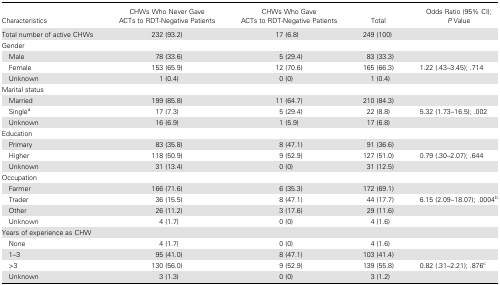
<table><thead><tr><td><b>Characteristics</b></td><td><b>CHWs Who Never Gave ACTs to RDT-Negative Patients</b></td><td><b>CHWs Who Gave ACTs to RDT-Negative Patients</b></td><td><b>Total</b></td><td><b>Odds Ratio (95% CI); <i>P</i> Value</b></td></tr></thead><tbody><tr><td>Total number of active CHWs</td><td>232 (93.2)</td><td>17 (6.8)</td><td>249 (100)</td><td></td></tr><tr><td>Gender</td><td></td><td></td><td></td><td></td></tr><tr><td> Male</td><td>78 (33.6)</td><td>5 (29.4)</td><td>83 (33.3)</td><td></td></tr><tr><td> Female</td><td>153 (65.9)</td><td>12 (70.6)</td><td>165 (66.3)</td><td>1.22 (.43–3.45); .714</td></tr><tr><td> Unknown</td><td>1 (0.4)</td><td>0 (0)</td><td>1 (0.4)</td><td></td></tr><tr><td>Marital status</td><td></td><td></td><td></td><td></td></tr><tr><td> Married</td><td>199 (85.8)</td><td>11 (64.7)</td><td>210 (84.3)</td><td></td></tr><tr><td> Single<sup>a</sup></td><td>17 (7.3)</td><td>5 (29.4)</td><td>22 (8.8)</td><td>5.32 (1.73–16.5); .002</td></tr><tr><td> Unknown</td><td>16 (6.9)</td><td>1 (5.9)</td><td>17 (6.8)</td><td></td></tr><tr><td>Education</td><td></td><td></td><td></td><td></td></tr><tr><td> Primary</td><td>83 (35.8)</td><td>8 (47.1)</td><td>91 (36.6)</td><td></td></tr><tr><td> Higher</td><td>118 (50.9)</td><td>9 (52.9)</td><td>127 (51.0)</td><td>0.79 (.30–2.07); .644</td></tr><tr><td> Unknown</td><td>31 (13.4)</td><td>0 (0)</td><td>31 (12.5)</td><td></td></tr><tr><td>Occupation</td><td></td><td></td><td></td><td></td></tr><tr><td> Farmer</td><td>166 (71.6)</td><td>6 (35.3)</td><td>172 (69.1)</td><td></td></tr><tr><td> Trader</td><td>36 (15.5)</td><td>8 (47.1)</td><td>44 (17.7)</td><td>6.15 (2.09–18.07); .0004<sup>b</sup></td></tr><tr><td> Other</td><td>26 (11.2)</td><td>3 (17.6)</td><td>29 (11.6)</td><td></td></tr><tr><td> Unknown</td><td>4 (1.7)</td><td>0 (0)</td><td>4 (1.6)</td><td></td></tr><tr><td>Years of experience as CHW</td><td></td><td></td><td></td><td></td></tr><tr><td> None</td><td>4 (1.7)</td><td>0 (0)</td><td>4 (1.6)</td><td></td></tr><tr><td> 1–3</td><td>95 (41.0)</td><td>8 (47.1)</td><td>103 (41.4)</td><td></td></tr><tr><td> &gt;3</td><td>130 (56.0)</td><td>9 (52.9)</td><td>139 (55.8)</td><td>0.82 (.31–2.21); .876<sup>c</sup></td></tr><tr><td> Unknown</td><td>3 (1.3)</td><td>0 (0)</td><td>3 (1.2)</td><td></td></tr></tbody></table>